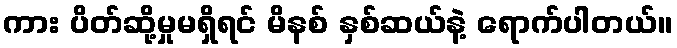
ကား ပိတ်ဆို့မှုမရှိရင် မိနစ် နှစ်ဆယ်နဲ့ ရောက်ပါတယ်။